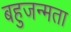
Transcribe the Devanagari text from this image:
बहुजन्मता